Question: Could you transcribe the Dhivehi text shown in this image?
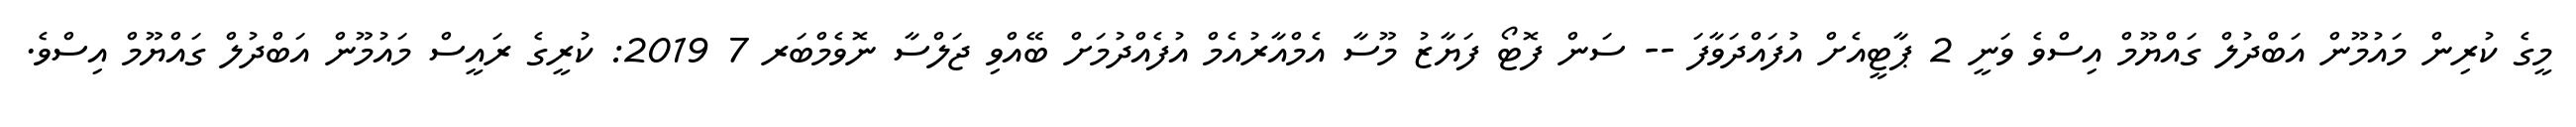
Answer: މީގެ ކުރިން މައުމޫން އަބްދުލް ގައްޔޫމް އިސްވެ ވަނީ 2 ޕާޓީއެށް އުފައްދަވާފަ -- ސަން ފޮޓޯ ފަޔާޒު މޫސާ އެމްއާރުއެމް އުފެއްދުމަށް ބޭއްވި ޖަލްސާ ނޮވެމްބަރ 7 2019: ކުރީގެ ރައީސް މައުމޫން އަބްދުލް ގައްޔޫމް އިސްވެ.